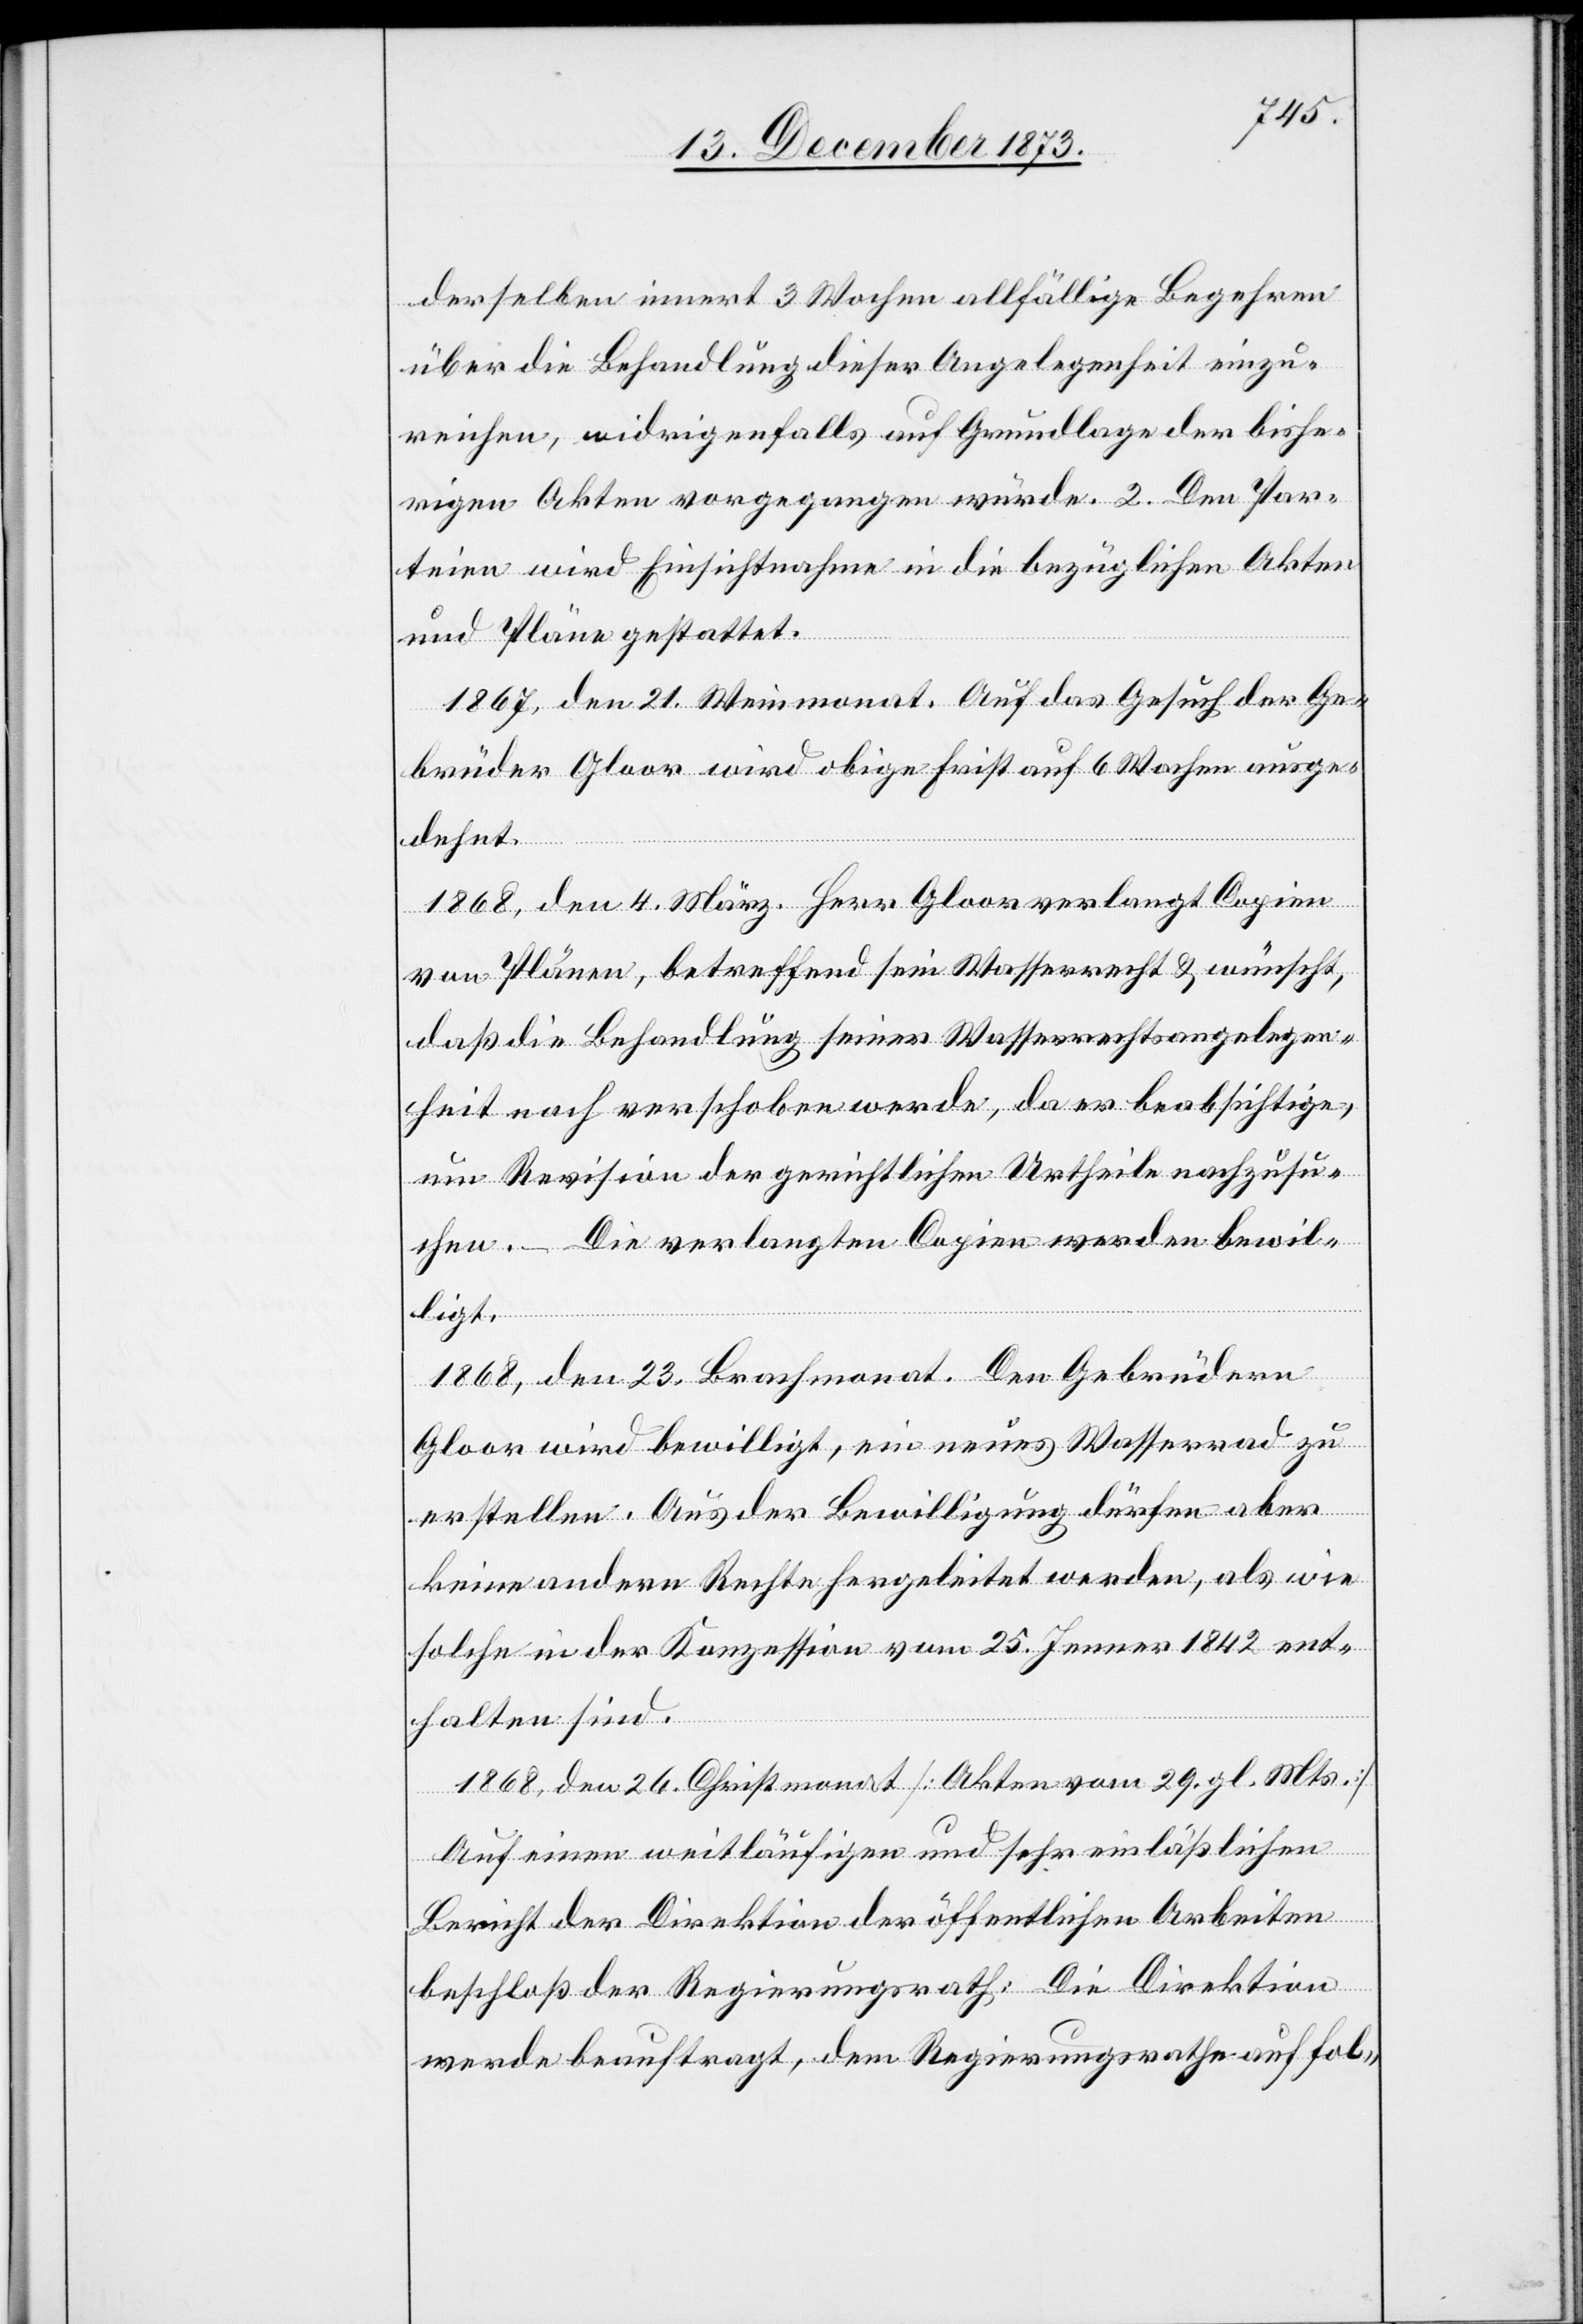
derselben innert 3 Wochen allfällige Begehren
über die Behandlung dieser Angelegenheit einzu¬
reichen, widrigenfalls auf Grundlage der bishe¬
rigen Akten vorgegangen würde. 2. Den Par¬
teien wird Einsichtnahme in die bezüglichen Akten
und Pläne gestattet.
1867, den 21. Weinmonat. Auf das Gesuch der Ge¬
brüder Gloor wird obige Frist auf 6 Wochen ausge¬
dehnt.
1868, den 4. März. Herr Gloor verlangt Copien
von Plänen, betreffend sein Wasserrecht & wünscht,
daß die Behandlung seiner Wasserrechtsangelegen¬
heit noch verschoben werde, da er beabsichtige,
um Revision der gerichtlichen Urtheile nachzusu¬
chen. – Die verlangten Copien werden bewil¬
ligt.
1868, den 23. Brachmonat. Den Gebrüdern
Gloor wird bewilligt, ein neues Wasserrad zu
erstellen. Aus der Bewilligung dürfen aber
keine andern Rechte hergeleitet werden, als wie
solche in der Konzession vom 25. Jenner 1842 ent¬
halten sind.
1868, den 26. Christmonat [Akten vom 29. gl. Mts.]
Auf einen weitläufigen und sehr einläßlichen
Bericht der Direktion der öffentlichen Arbeiten
beschloß der Regierungsrath: Die Direktion
werde beauftragt, dem Regierungsrathe auf fol-